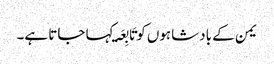
یمن کے بادشاہوں کو تَابِعَۃ کہا جاتا ہے۔